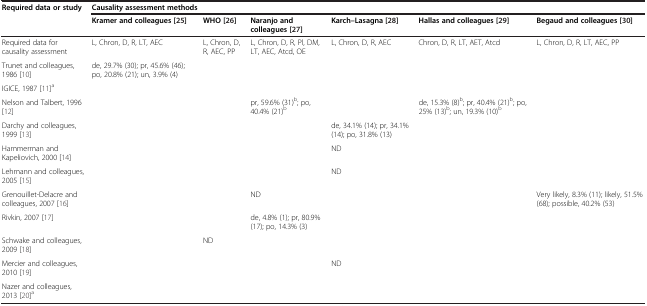
<table><thead><tr><td><b>Required data or study</b></td><td colspan="6"><b>Causality assessment methods</b></td></tr><tr><td></td><td><b>Kramer and colleagues[25]</b></td><td><b>WHO[26]</b></td><td><b>Naranjo and colleagues[27]</b></td><td><b>Karch–Lasagna[28]</b></td><td><b>Hallas and colleagues[29]</b></td><td><b>Begaud and colleagues[30]</b></td></tr></thead><tbody><tr><td>Required data for causality assessment</td><td>L, Chron, D, R, LT, AEC</td><td>L, Chron, D, R, AEC, PP</td><td>L, Chron, D, R, Pl, DM, LT, AEC, Atcd, OE</td><td>L, Chron, D, R, AEC</td><td>Chron, D, R, LT, AET, Atcd</td><td>L, Chron, D, R, LT, AEC, PP</td></tr><tr><td>Trunet and colleagues, 1986 [10]</td><td>de, 29.7% (30); pr, 45.6% (46); po, 20.8% (21); un, 3.9% (4)</td><td></td><td></td><td></td><td></td><td></td></tr><tr><td>IGICE, 1987 [11]<sup>a</sup></td><td></td><td></td><td></td><td></td><td></td><td></td></tr><tr><td>Nelson and Talbert, 1996 [12]</td><td></td><td></td><td>pr, 59.6% (31)<sup>b</sup>; po, 40.4% (21)<sup>b</sup></td><td></td><td>de, 15.3% (8)<sup>b</sup>; pr, 40.4% (21)<sup>b</sup>; po, 25% (13)<sup>b</sup>; un, 19.3% (10)<sup>b</sup></td><td></td></tr><tr><td>Darchy and colleagues, 1999 [13]</td><td></td><td></td><td></td><td>de, 34.1% (14); pr, 34.1% (14); po, 31.8% (13)</td><td></td><td></td></tr><tr><td>Hammerman and Kapeliovich, 2000 [14]</td><td></td><td></td><td></td><td>ND</td><td></td><td></td></tr><tr><td>Lehmann and colleagues, 2005 [15]</td><td></td><td></td><td></td><td>ND</td><td></td><td></td></tr><tr><td>Grenouillet-Delacre and colleagues, 2007 [16]</td><td></td><td></td><td>ND</td><td></td><td></td><td>Very likely, 8.3% (11); likely, 51.5% (68); possible, 40.2% (53)</td></tr><tr><td>Rivkin, 2007 [17]</td><td></td><td></td><td>de, 4.8% (1); pr, 80.9% (17); po, 14.3% (3)</td><td></td><td></td><td></td></tr><tr><td>Schwake and colleagues, 2009 [18]</td><td></td><td>ND</td><td></td><td></td><td></td><td></td></tr><tr><td>Mercier and colleagues, 2010 [19]</td><td></td><td></td><td></td><td>ND</td><td></td><td></td></tr><tr><td>Nazer and colleagues, 2013 [20]<sup>a</sup></td><td></td><td></td><td></td><td></td><td></td><td></td></tr></tbody></table>